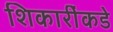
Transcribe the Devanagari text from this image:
शिकारींकडे